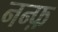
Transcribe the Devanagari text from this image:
नन्फ़